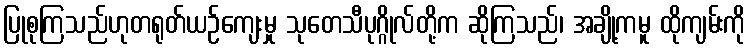
ပြုစုကြသည်ဟုတရုတ်ယဉ်ကျေးမှု သုတေသီပုဂ္ဂိုလ်တို့က ဆိုကြသည်၊ အချို့ကမူ ထိုကျမ်းကို